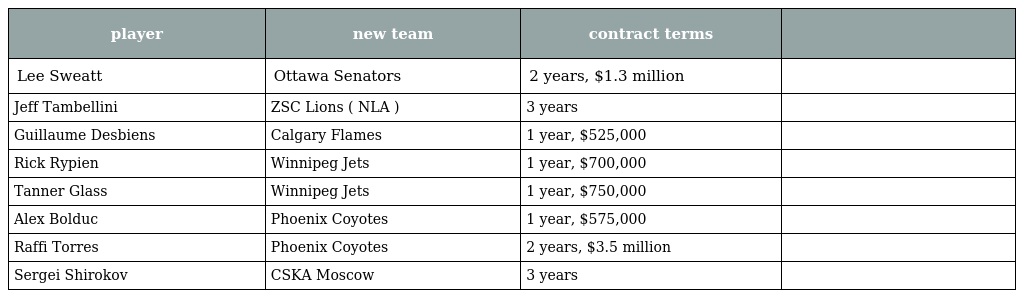
| player | new team | contract terms |  |
 | --- | --- | --- | --- |
 | Lee Sweatt | Ottawa Senators | 2 years, $1.3 million |  |
 | Jeff Tambellini | ZSC Lions ( NLA ) | 3 years |  |
 | Guillaume Desbiens | Calgary Flames | 1 year, $525,000 |  |
 | Rick Rypien | Winnipeg Jets | 1 year, $700,000 |  |
 | Tanner Glass | Winnipeg Jets | 1 year, $750,000 |  |
 | Alex Bolduc | Phoenix Coyotes | 1 year, $575,000 |  |
 | Raffi Torres | Phoenix Coyotes | 2 years, $3.5 million |  |
 | Sergei Shirokov | CSKA Moscow | 3 years |  |